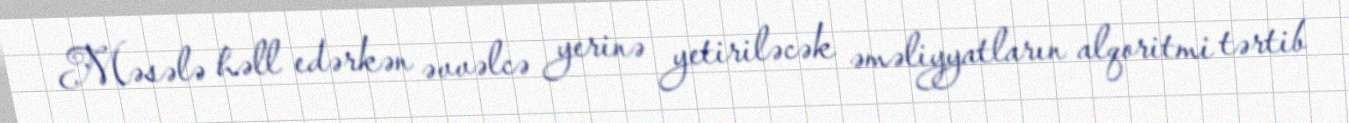
Məsələ həll edərkən əvvəlcə yerinə yetiriləcək əməliyyatların alqoritmi tərtib